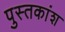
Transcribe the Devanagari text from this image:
पुस्तकांश